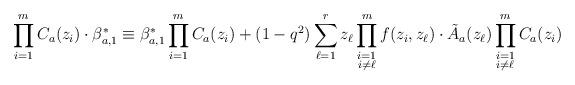
LaTeX: \begin{align*}\prod_{i=1}^{m}C_{a}(z_{i}) \cdot \beta_{a, 1}^{*}\equiv\beta_{a, 1}^{*} \prod_{i=1}^{m}C_{a}(z_{i})+(1-q^2)\sum_{\ell=1}^{r}z_{\ell}\prod_{\begin{subarray}{c} i=1 \\ i\not=\ell \end{subarray}}^{m}f(z_{i}, z_{\ell}) \cdot \tilde{A}_{a}(z_{\ell}) \prod_{\begin{subarray}{c} i=1 \\ i\not=\ell \end{subarray}}^{m}C_{a}(z_{i}) \end{align*}